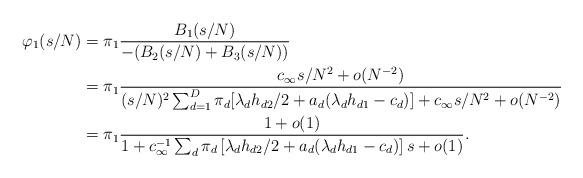
LaTeX: \begin{align*}\varphi_1(s/N) &= \pi_1\frac{B_1(s/N)}{-(B_2(s/N) + B_3(s/N))} \\ &= \pi_1 \frac{c_\infty s/N^2 + o(N^{-2})}{(s/N)^2 \sum_{d=1}^D \pi_d[\lambda_d h_{d2}/2 + a_d(\lambda_dh_{d1} - c_d)] + c_\infty s/N^2 + o(N^{-2}) } \\ &= \pi_1 \frac{1 + o(1)}{1 + c_\infty^{-1} \sum_d \pi_d \left[\lambda_d h_{d2}/2 + a_d (\lambda_d h_{d1} - c_d)\right]s + o(1)}.\end{align*}